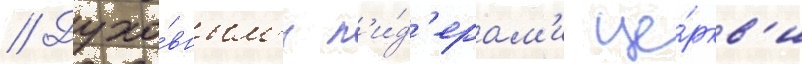
// Духо́вным'и л'и́д'ерам'и це́ркв'и